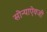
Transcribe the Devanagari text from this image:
सोन्याऐवजी